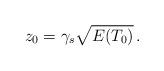
LaTeX: \begin{align*}z_0=\gamma_s \sqrt{E(T_0)}\,.\end{align*}